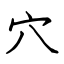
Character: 穴